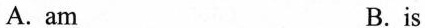
A. am B.is